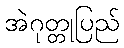
အဲဂုတ္တုပြည်